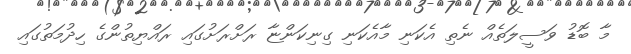
މާ ބޮޑު ވަސީލަތެއް ނެތި އެކަނި މާއެކަނި ގިނިކަންޏާ ރަށްރަށުގައި ރައްޔިތުންގެ ހިދުމަތުގައި